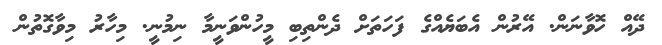
ދޭއް ހޮވާނަން. އޭރުން އެބަޔެއްގެ ފަހަތަށް ދެންތިބި މީހުންވަނީމާ ނިމުނީ. މިހާރު މިވާގޮތުން